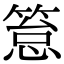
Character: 䈚